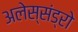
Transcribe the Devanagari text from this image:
अलेस्संड्रो